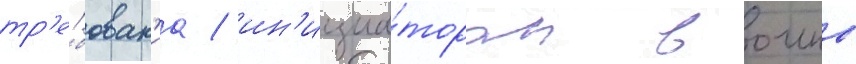
тр'е́бован'иа / ин'ициа́тором воины